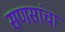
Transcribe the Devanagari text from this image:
सणसांचा